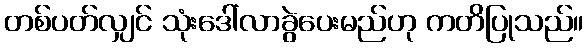
တစ်ပတ်လျှင် သုံးဒေါ်လာခွဲပေးမည်ဟု ကတိပြုသည်။